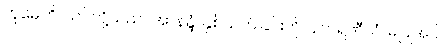
တုမှေဟိ၊ သင်တို့သည်။ အာနန္ဒံ၊ နှစ်သက်ခြင်းကို။ နကရဏီယံ၊ မပြုအပ်။